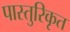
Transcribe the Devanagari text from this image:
पास्तुरिकृत